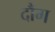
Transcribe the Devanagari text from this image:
दौंग